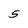
Character: 5